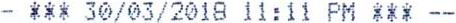
- *** 30/03/2018 11:11 PM *** --